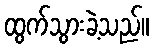
ထွက်သွားခဲ့သည်။